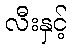
လီးနှင့်